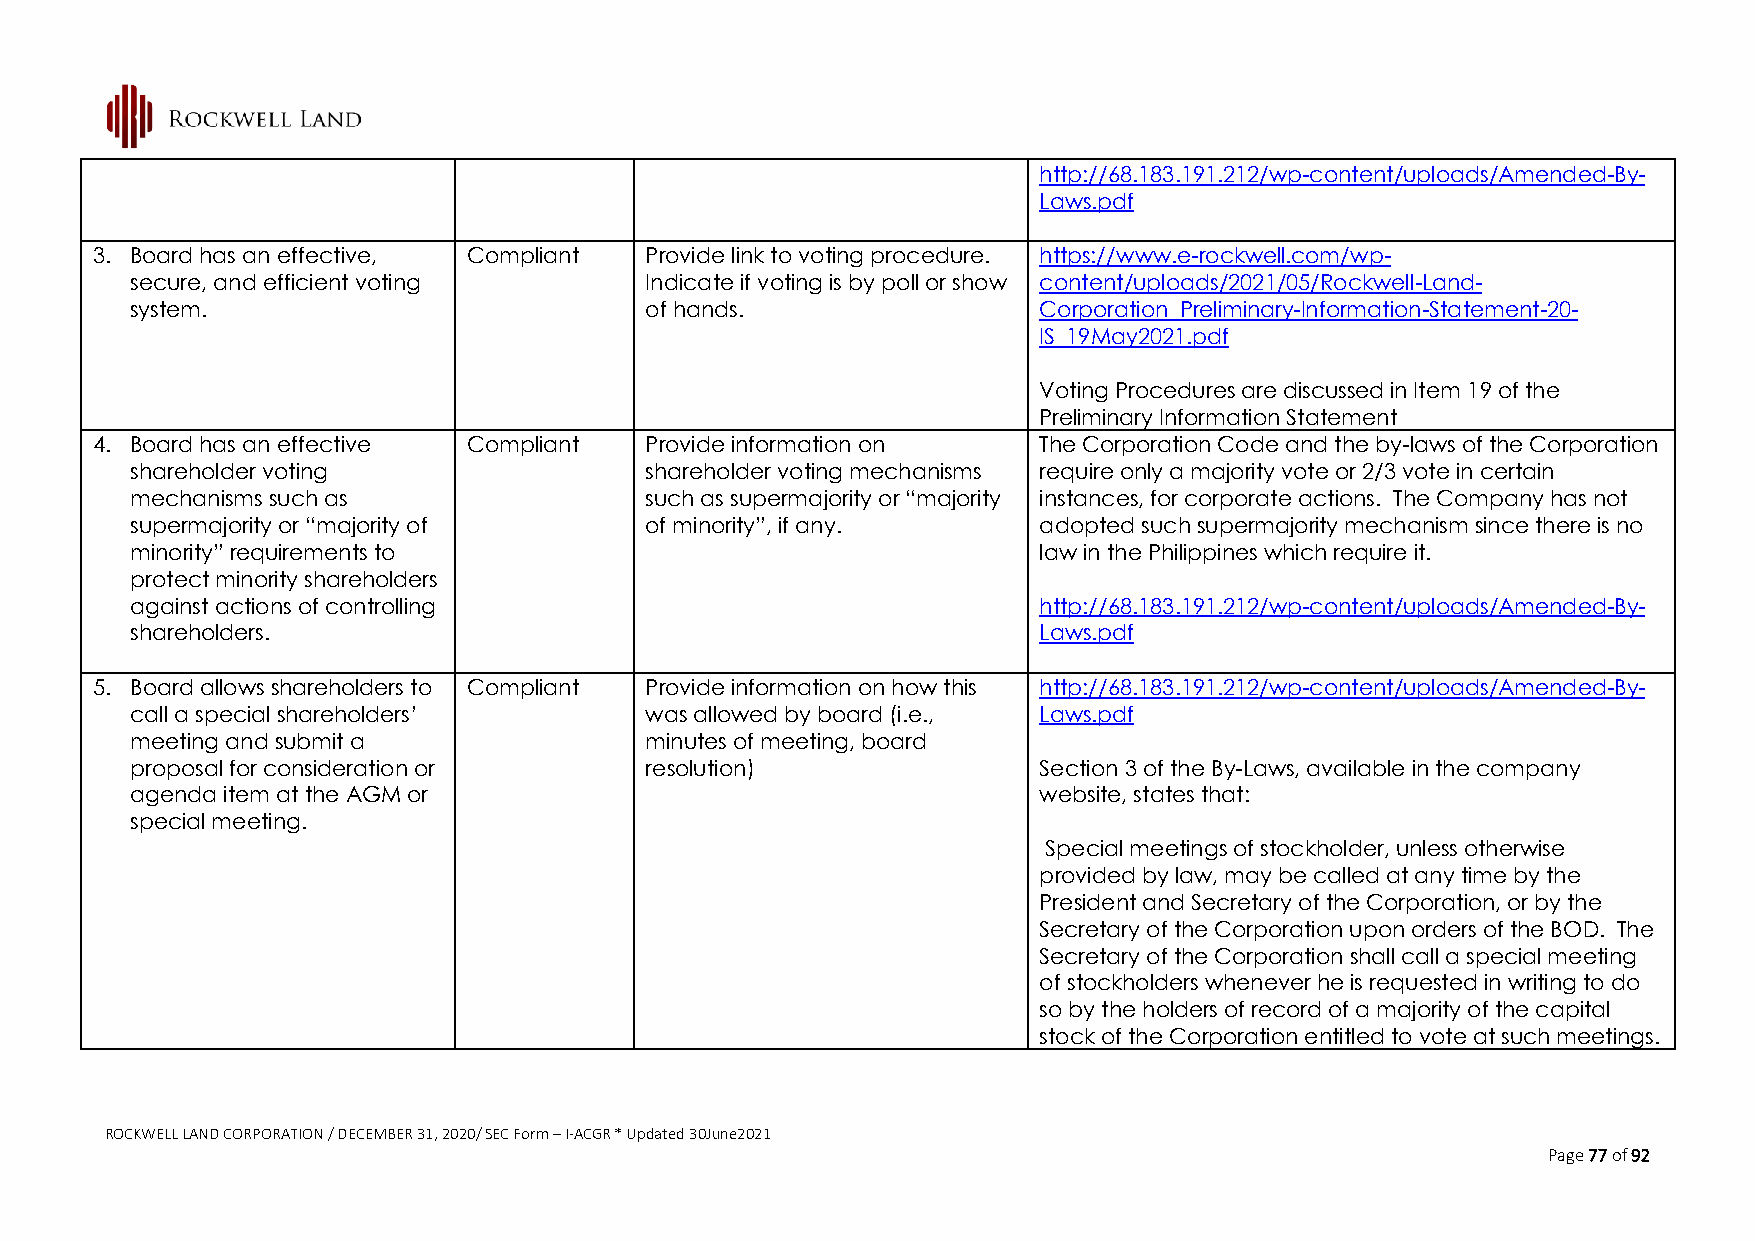
http://68.183.191.212/wp-content/uploads/Amended-By-
 Laws.pdf
 3. Board has an effective, Compliant Provide link to voting procedure. https://www.e-rockwell.com/wp-
 secure, and efficient voting      Indicate if voting is by poll or show content/uploads/2021/05/Rockwell-Land-
 system.                           of hands.                 Corporation_Preliminary-Information-Statement-20-
 IS_19May2021.pdf
 Voting Procedures are discussed in Item 19 of the
 Preliminary Information Statement
 4. Board has an effective Compliant  Provide information on    The Corporation Code and the by-laws of the Corporation
 shareholder voting                shareholder voting mechanisms require only a majority vote or 2/3 vote in certain
 mechanisms such as                such as supermajority or “majority instances, for corporate actions. The Company has not
 supermajority or “majority of     of minority”, if any.     adopted such supermajority mechanism since there is no
 minority” requirements to                                   law in the Philippines which require it.
 protect minority shareholders
 against actions of controlling                              http://68.183.191.212/wp-content/uploads/Amended-By-
 shareholders.                                               Laws.pdf
 5. Board allows shareholders to Compliant Provide information on how this http://68.183.191.212/wp-content/uploads/Amended-By-
 call a special shareholders’      was allowed by board (i.e., Laws.pdf
 meeting and submit a              minutes of meeting, board
 proposal for consideration or     resolution)               Section 3 of the By-Laws, available in the company
 agenda item at the AGM or                                   website, states that:
 special meeting.
 Special meetings of stockholder, unless otherwise
 provided by law, may be called at any time by the
 President and Secretary of the Corporation, or by the
 Secretary of the Corporation upon orders of the BOD. The
 Secretary of the Corporation shall call a special meeting
 of stockholders whenever he is requested in writing to do
 so by the holders of record of a majority of the capital
 stock of the Corporation entitled to vote at such meetings.
 ROCKWELL LAND CORPORATION / DECEMBER 31, 2020/ SEC Form – I-ACGR * Updated 30June2021
 Page 77 of 92